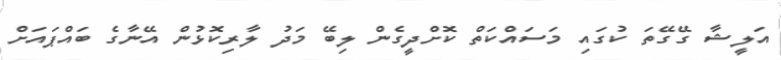
އަލީޝާ ގޭގޭތަ ކުގައި މަސައްކަތް ކޮށްދީގެން ލިބޭ މަދު ލާރިކޮޅުން އޭނާގެ ބައްޕައަށް